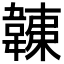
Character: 𩏏